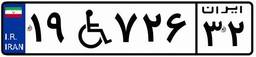
۱۹W۷۲۶۳۲